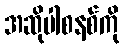
အဆိုပါစနစ်ကို